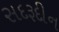
સદરૂદીન